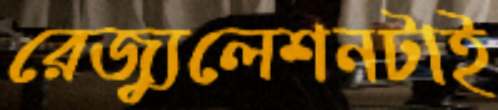
রেজ্যুলেশনটাই